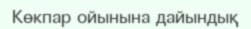
Көкпар ойынына дайындық